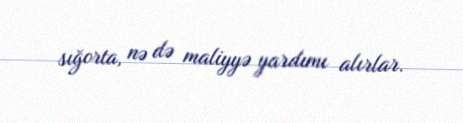
sığorta, nə də maliyyə yardımı alırlar.